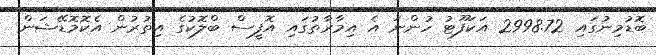
ބޮޑުމިނުގައި 2998.72 އަކަފޫޓު ހުންނަ އެ އިމާރާތުގައި އޮފީސް ބްލޮކުގެ އިތުރުން އެކޮމޮޑޭޝަން